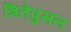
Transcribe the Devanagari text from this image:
त्रितेपुसन